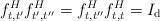
LaTeX: \begin{align*}f_{t,t^{\prime}}^{H}f_{t^{\prime},t^{\prime\prime}}^{H}=f_{t,t^{\prime\prime}}^{H}f_{t,t}^{H}=I_{\mathrm{d}} \end{align*}